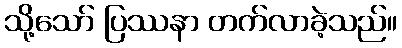
သို့သော် ပြဿနာ တက်လာခဲ့သည်။